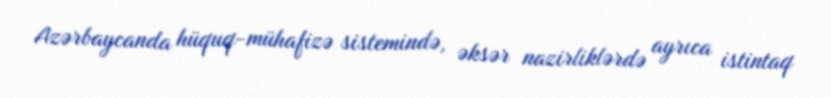
Azərbaycanda hüquq-mühafizə sistemində, əksər nazirliklərdə ayrıca istintaq